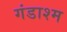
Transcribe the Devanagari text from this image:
गंडाश्म